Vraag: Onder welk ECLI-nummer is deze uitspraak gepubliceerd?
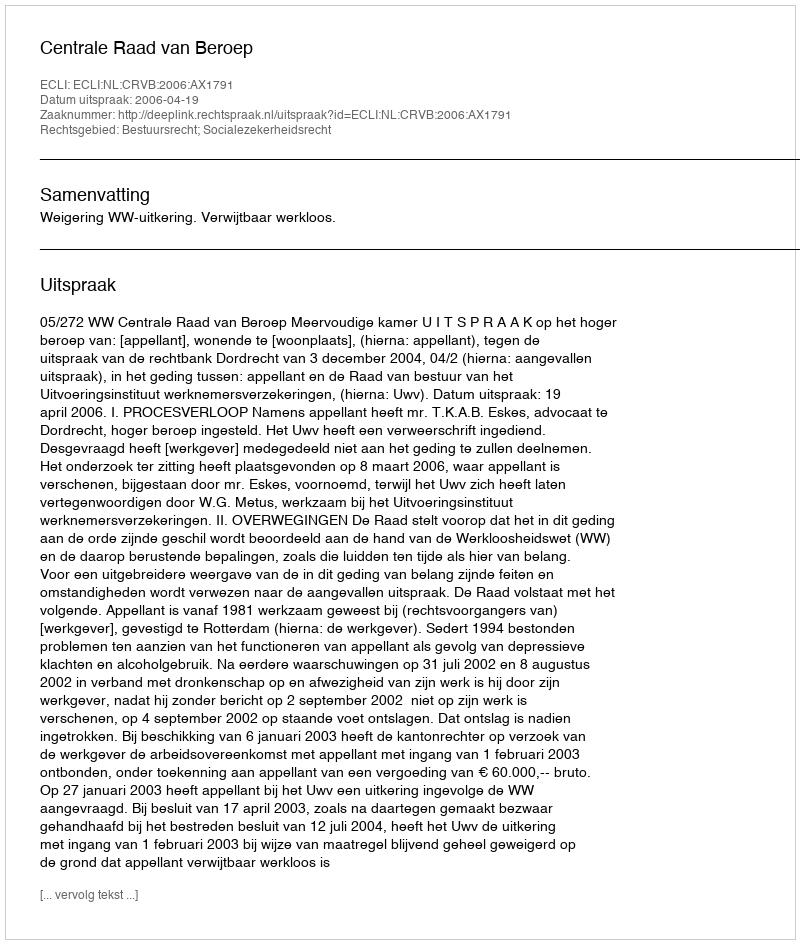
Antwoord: ECLI:NL:CRVB:2006:AX1791